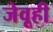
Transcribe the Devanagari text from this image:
जेवूही